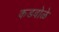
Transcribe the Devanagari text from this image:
कडबोळे